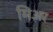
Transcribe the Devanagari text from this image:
मिअर